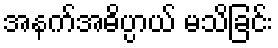
အနက်အဓိပ္ပာယ် မသိခြင်း